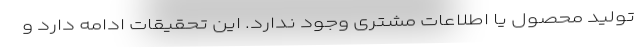
تولید محصول یا اطلاعات مشتری وجود ندارد. این تحقیقات ادامه دارد و